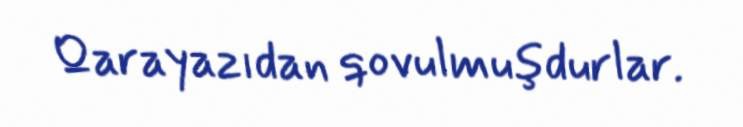
Qarayazıdan qovulmuşdurlar.